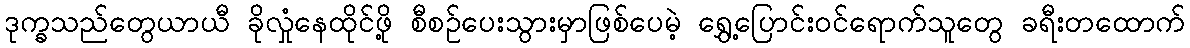
ဒုက္ခသည်တွေယာယီ ခိုလှုံနေထိုင်ဖို့ စီစဉ်ပေးသွားမှာဖြစ်ပေမဲ့ ရွှေ့ပြောင်းဝင်ရောက်သူတွေ ခရီးတထောက်